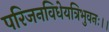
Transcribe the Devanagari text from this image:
परिजनविधेयत्रिभुवनः।।